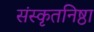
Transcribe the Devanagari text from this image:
संस्कृतनिष्ठा